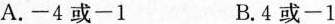
A.-4或-1 B.4或-1